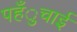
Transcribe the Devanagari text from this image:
पहँुचाई